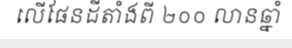
លើផែនដីតាំងពី ២០០ លានឆ្នាំ